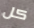
كل